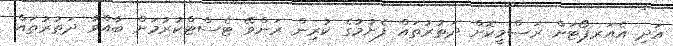
އަދި އެއަރޕޯޓަށް ރަސްމީކޮށް ދަތުރުތައް ފެށުމުގެ ކުރިން ރަންވޭ ޓެސްޓްކުރުމަށް ބާއްވާ ދަތުރުތައް